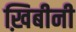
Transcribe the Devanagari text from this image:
ख़िबीनी